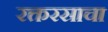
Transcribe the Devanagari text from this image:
रक्तरसाचा